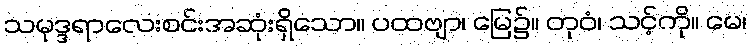
သမုဒ္ဒရာလေးစင်းအဆုံးရှိသော။ ပထဗျာ၊ မြေ၌။ တုဝံ၊ သင့်ကို။ မေ၊